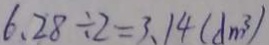
6 . 2 8 \div 2 = 3 . 1 4 ( d m ^ { 3 } )